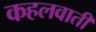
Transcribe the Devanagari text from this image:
कहलवाती